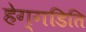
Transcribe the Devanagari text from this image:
हेग्गडिति